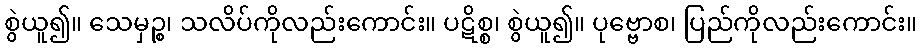
စွဲယူ၍။ သေမှဉ္စ၊ သလိပ်ကိုလည်းကောင်း။ ပဋိစ္စ၊ စွဲယူ၍။ ပုဗ္ဗောစ၊ ပြည်ကိုလည်းကောင်း။